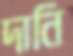
দানি